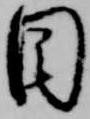
目